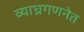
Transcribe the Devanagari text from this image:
व्याघ्रगणनेत